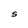
Character: S